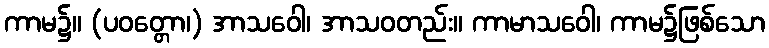
ကာမ၌။ (ပဝတ္တော၊) အာသဝေါ၊ အာသဝတည်း။ ကာမာသဝေါ၊ ကာမ၌ဖြစ်သော